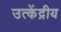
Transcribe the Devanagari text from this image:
उत्केंद्रीय